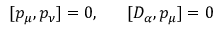
[ p _ { \mu } , p _ { \nu } ] = 0 , ~ ~ ~ ~ ~ [ D _ { \alpha } , p _ { \mu } ] = 0